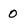
Character: O